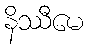
နိဿီမေ